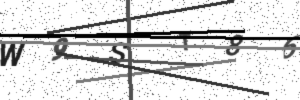
Text: W9ST86